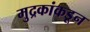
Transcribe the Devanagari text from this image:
मुद्रकांकडून